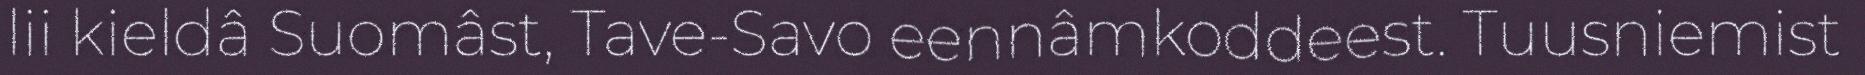
lii kieldâ Suomâst, Tave-Savo eennâmkoddeest. Tuusniemist